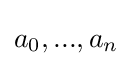
a_{0},...,a_{n}